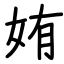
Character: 姷